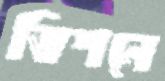
ভিশনে